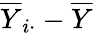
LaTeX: {\overline{{Y}}}_{i\cdot}-{\overline{{Y}}}